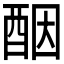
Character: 𫑵